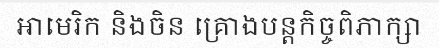
អាមេរិក និងចិន គ្រោងបន្តកិច្ចពិភាក្សា